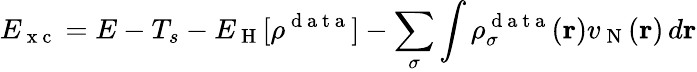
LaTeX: E_{\mathrm{~x~c~}}=E-T_{s}-E_{\mathrm{~H~}}[\rho^{\mathrm{~d~a~t~a~}}]-\sum_{\sigma}\int\rho_{\sigma}^{\mathrm{~d~a~t~a~}}(\boldsymbol{\textbf{r}})v_{\mathrm{~N~}}(\boldsymbol{\textbf{r}})\, d\boldsymbol{\textbf{r}}